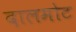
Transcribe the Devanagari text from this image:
दालमोट